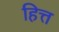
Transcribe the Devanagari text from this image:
हित्त